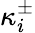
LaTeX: \kappa_{i}^{\pm}